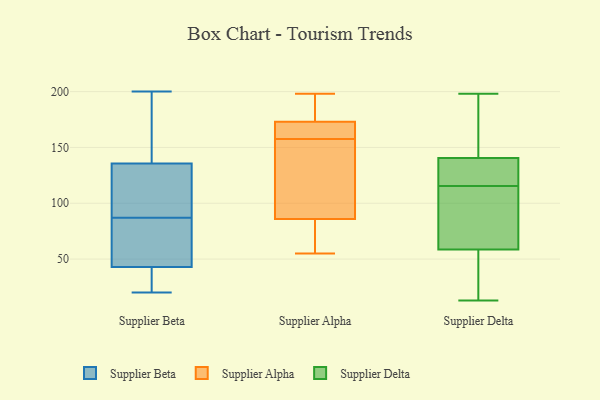
{"axis": {"x": "LTV (USD)", "y": "Value"}, "legend": ["Supplier Alpha", "Supplier Beta", "Supplier Delta"], "data": [{"x": "", "y": 147, "type": "Supplier Beta"}, {"x": "", "y": 90, "type": "Supplier Beta"}, {"x": "", "y": 21, "type": "Supplier Beta"}, {"x": "", "y": 134, "type": "Supplier Beta"}, {"x": "", "y": 25, "type": "Supplier Beta"}, {"x": "", "y": 200, "type": "Supplier Beta"}, {"x": "", "y": 134, "type": "Supplier Beta"}, {"x": "", "y": 44, "type": "Supplier Beta"}, {"x": "", "y": 156, "type": "Supplier Beta"}, {"x": "", "y": 77, "type": "Supplier Beta"}, {"x": "", "y": 87, "type": "Supplier Beta"}, {"x": "", "y": 140, "type": "Supplier Beta"}, {"x": "", "y": 78, "type": "Supplier Beta"}, {"x": "", "y": 20, "type": "Supplier Beta"}, {"x": "", "y": 130, "type": "Supplier Beta"}, {"x": "", "y": 49, "type": "Supplier Beta"}, {"x": "", "y": 40, "type": "Supplier Beta"}, {"x": "", "y": 156, "type": "Supplier Alpha"}, {"x": "", "y": 84, "type": "Supplier Alpha"}, {"x": "", "y": 173, "type": "Supplier Alpha"}, {"x": "", "y": 193, "type": "Supplier Alpha"}, {"x": "", "y": 55, "type": "Supplier Alpha"}, {"x": "", "y": 198, "type": "Supplier Alpha"}, {"x": "", "y": 159, "type": "Supplier Alpha"}, {"x": "", "y": 192, "type": "Supplier Alpha"}, {"x": "", "y": 168, "type": "Supplier Alpha"}, {"x": "", "y": 144, "type": "Supplier Alpha"}, {"x": "", "y": 86, "type": "Supplier Alpha"}, {"x": "", "y": 161, "type": "Supplier Alpha"}, {"x": "", "y": 75, "type": "Supplier Alpha"}, {"x": "", "y": 103, "type": "Supplier Alpha"}, {"x": "", "y": 134, "type": "Supplier Delta"}, {"x": "", "y": 101, "type": "Supplier Delta"}, {"x": "", "y": 198, "type": "Supplier Delta"}, {"x": "", "y": 66, "type": "Supplier Delta"}, {"x": "", "y": 104, "type": "Supplier Delta"}, {"x": "", "y": 27, "type": "Supplier Delta"}, {"x": "", "y": 191, "type": "Supplier Delta"}, {"x": "", "y": 51, "type": "Supplier Delta"}, {"x": "", "y": 143, "type": "Supplier Delta"}, {"x": "", "y": 114, "type": "Supplier Delta"}, {"x": "", "y": 13, "type": "Supplier Delta"}, {"x": "", "y": 156, "type": "Supplier Delta"}, {"x": "", "y": 19, "type": "Supplier Delta"}, {"x": "", "y": 129, "type": "Supplier Delta"}, {"x": "", "y": 117, "type": "Supplier Delta"}, {"x": "", "y": 138, "type": "Supplier Delta"}]}